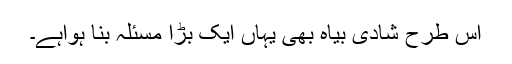
اس طرح شادی بیاہ بھی یہاں ایک بڑا مسئلہ بنا ہواہے۔